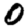
Digit: 0